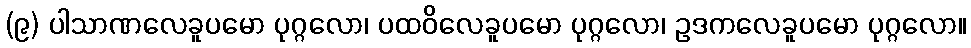
(၉) ပါသာဏလေခူပမော ပုဂ္ဂလော၊ ပထဝိလေခူပမော ပုဂ္ဂလော၊ ဥဒကလေခူပမော ပုဂ္ဂလော။